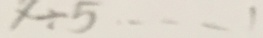
x \div 5 \cdots 1